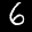
Label: 6